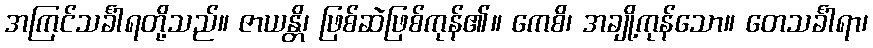
အကြင်သင်္ခါရတို့သည်။ ဇာယန္တိ၊ ဖြစ်ဆဲဖြစ်ကုန်၏။ ကေစိ၊ အချို့ကုန်သော။ တေသင်္ခါရာ၊